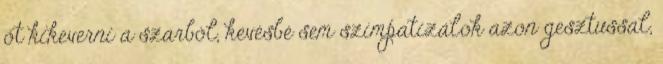
őt kikeverni a szarból, kevésbé sem szimpatizálok azon gesztussal,